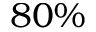
8 0 \%